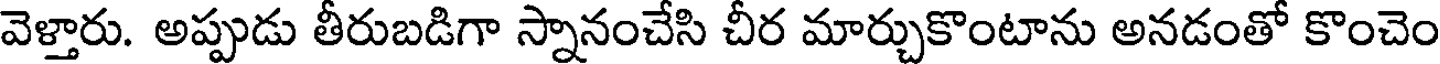
వెళ్తారు. అప్పుడు తీరుబడిగా స్నానంచేసి చీర మార్చుకొంటాను అనడంతో కొంచెం